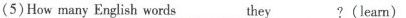
(5)How many English words ___ they ___?(learn)